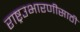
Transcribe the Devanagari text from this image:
राष्ट्रउभारणीसाठी